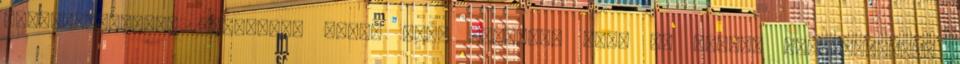
leszármazottja. Periklész olyan nagy hatással volt az athéni társadalomra,